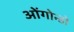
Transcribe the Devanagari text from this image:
ओंगोन्डो